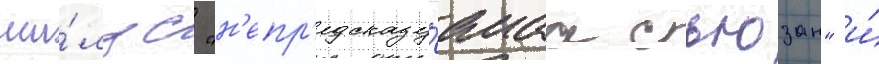
ши́лдс "н'епр'едсказу́емаа сьюзан" и́